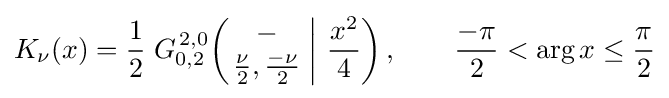
K_{\nu }(x)={\frac {1}{2}}\;G_{0,2}^{\,2,0}\!\left(\left.{\begin{matrix}-\\{\frac {\nu }{2}},{\frac {-\nu }{2}}\end{matrix}}\;\right|\,{\frac {x^{2}}{4}}\right),\qquad {\frac {-\pi }{2}}<\arg x\leq {\frac {\pi }{2}}